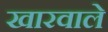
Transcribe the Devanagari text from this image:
खारवाले